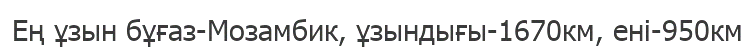
Ең ұзын бұғаз-Мозамбик, ұзындығы-1670км, ені-950км